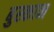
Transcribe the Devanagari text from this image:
बुस्कान